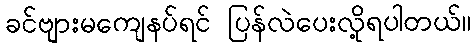
ခင်ဗျားမကျေနပ်ရင် ပြန်လဲပေးလို့ရပါတယ်။